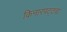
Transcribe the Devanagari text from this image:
किनारपट्ट्या